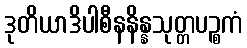
ဒုတိယာဒိပါစီနနိန္နသုတ္တပဉ္စကံ